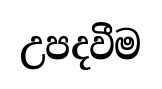
උපදවීම